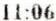
11:06